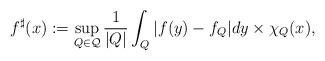
LaTeX: \begin{align*}f^{\sharp}(x):=\sup_{Q\in\mathcal{Q}}\frac{1}{|Q|}\int_Q|f(y)-f_Q| dy\times\chi_Q(x),\end{align*}